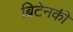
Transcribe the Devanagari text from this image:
ब्रिटेनकी